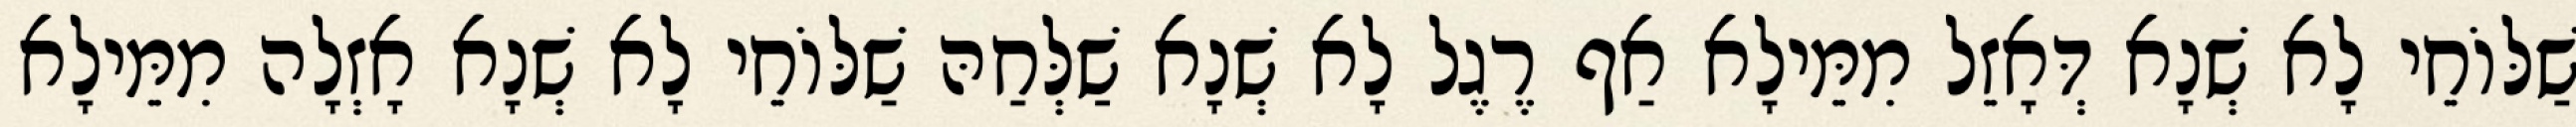
שַׁלּוֹחֵי לָא שְׁנָא דְּאָזֵל מִמֵּילָא אַף רֶגֶל לָא שְׁנָא שַׁלְּחַהּ שַׁלּוֹחֵי לָא שְׁנָא אָזְלָה מִמֵּילָא